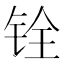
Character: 铨